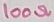
Text: 100Ω